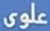
علوى